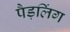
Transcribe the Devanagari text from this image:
पैड़लिंग